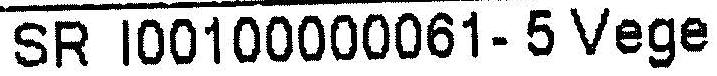
SR I00100000061- 5 VEGE